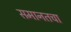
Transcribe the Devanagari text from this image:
समानतचा